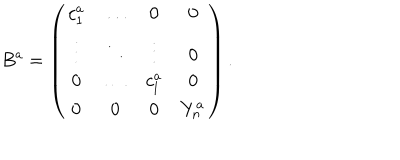
B ^ { a } = \left( \begin{array} { c c c c } { { c _ { 1 } ^ { a } } } & { { \ldots } } & { { 0 } } & { { 0 } } \\ { { \vdots } } & { { \ddots } } & { { \vdots } } & { { 0 } } \\ { { 0 } } & { { \ldots } } & { { c _ { l } ^ { a } } } & { { 0 } } \\ { { 0 } } & { { 0 } } & { { 0 } } & { { Y _ { n } ^ { a } } } \\ \end{array} \right) .